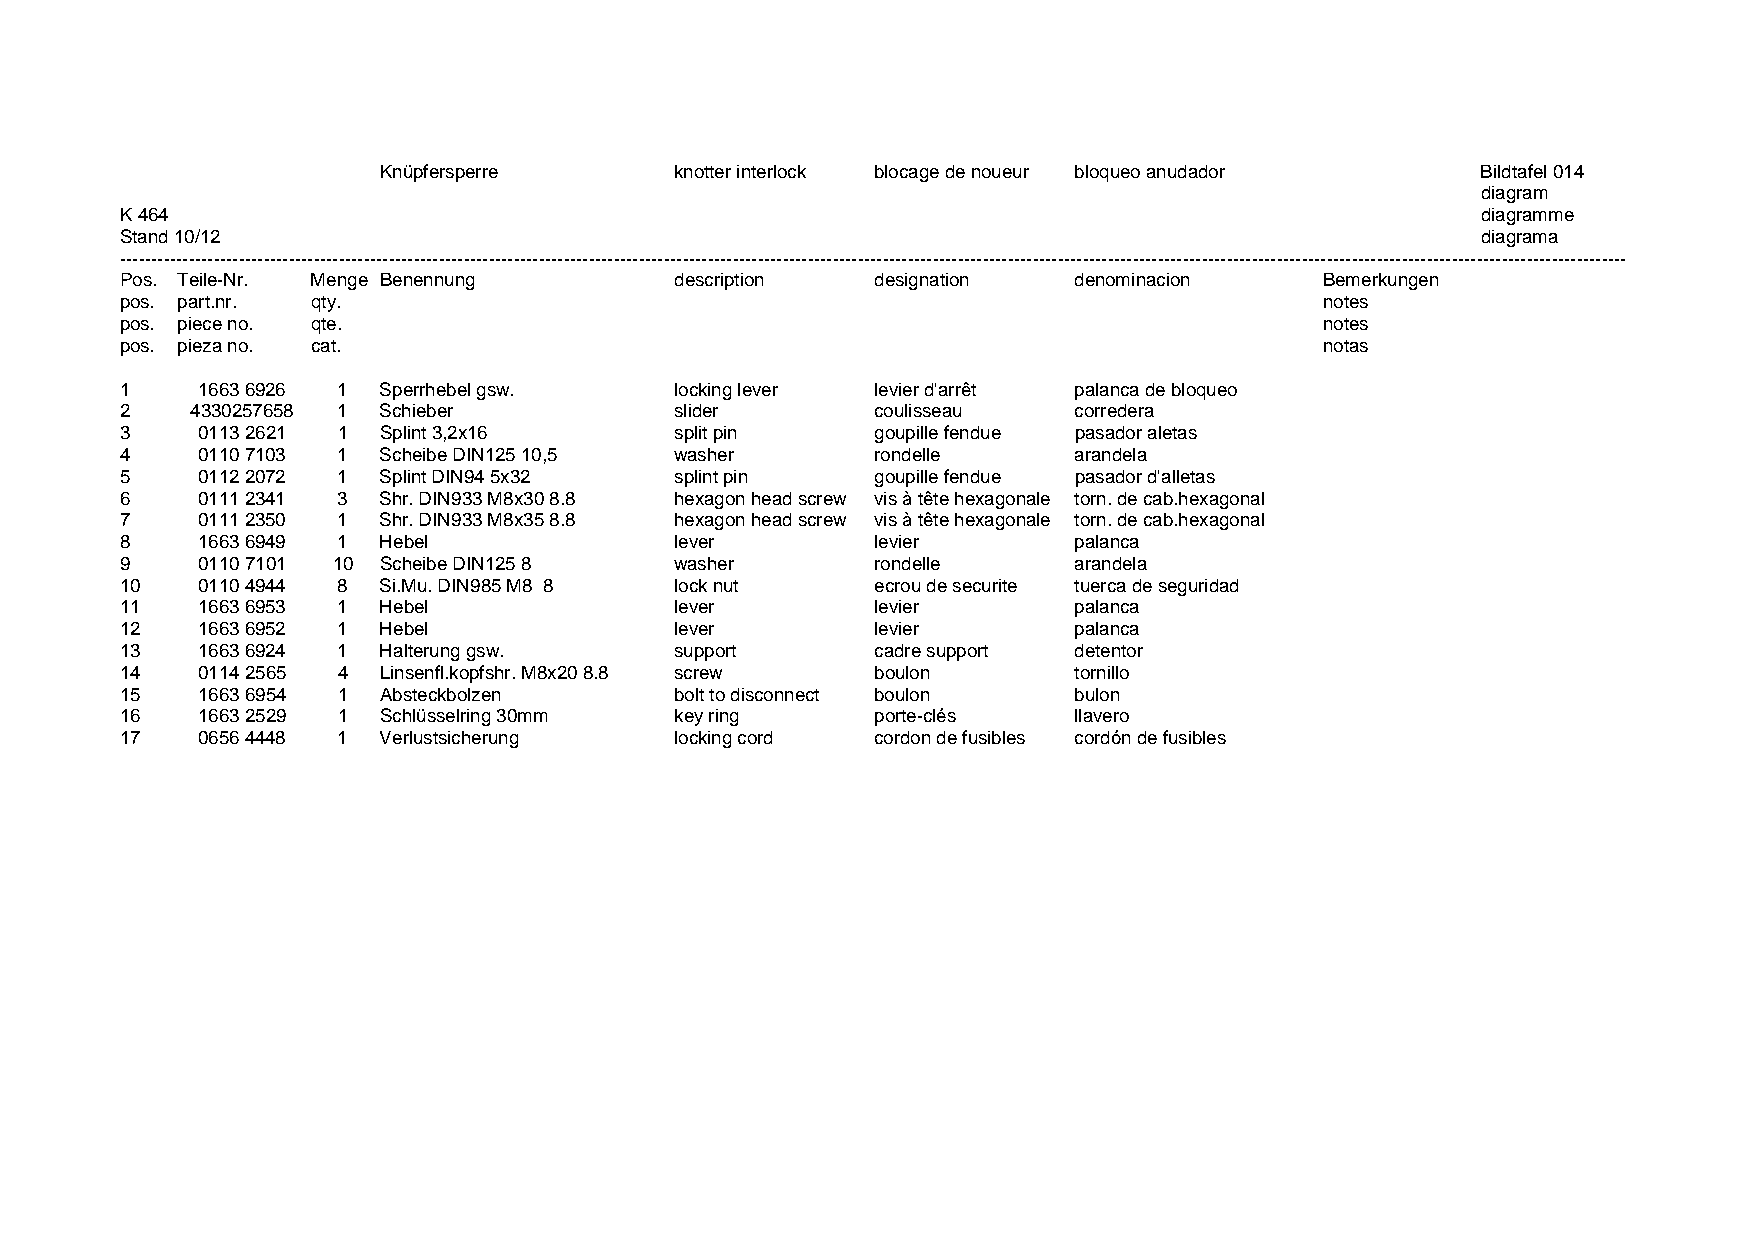
Knüpfersperre       knotter interlock blocage de noueur bloqueo anudador Bildtafel 014
 diagram
 K 464                                                                                     diagramme
 Stand 10/12                                                                               diagrama
 -------------------------------------------------------------------------------------------------------------------------------------------------------------------------------------------------------------------------------------------------
 Pos. Teile-Nr. Menge Benennung       description  designation  denominacion     Bemerkungen
 pos. part.nr. qty.                                                              notes
 pos. piece no. qte.                                                             notes
 pos. pieza no. cat.                                                             notas
 1    1663 6926 1 Sperrhebel gsw.     locking lever levier d'arrêt palanca de bloqueo
 2    4330257658 1 Schieber           slider       coulisseau   corredera
 3    0113 2621 1 Splint 3,2x16       split pin    goupille fendue pasador aletas
 4    0110 7103 1 Scheibe DIN125 10,5 washer       rondelle     arandela
 5    0112 2072 1 Splint DIN94 5x32   splint pin   goupille fendue pasador d'alletas
 6    0111 2341 3 Shr. DIN933 M8x30 8.8 hexagon head screw vis à tête hexagonale torn. de cab.hexagonal
 7    0111 2350 1 Shr. DIN933 M8x35 8.8 hexagon head screw vis à tête hexagonale torn. de cab.hexagonal
 8    1663 6949 1 Hebel               lever        levier       palanca
 9    0110 7101 10 Scheibe DIN125 8   washer       rondelle     arandela
 10   0110 4944 8 Si.Mu. DIN985 M8 8  lock nut     ecrou de securite tuerca de seguridad
 11   1663 6953 1 Hebel               lever        levier       palanca
 12   1663 6952 1 Hebel               lever        levier       palanca
 13   1663 6924 1 Halterung gsw.      support      cadre support detentor
 14   0114 2565 4 Linsenfl.kopfshr. M8x20 8.8 screw boulon      tornillo
 15   1663 6954 1 Absteckbolzen       bolt to disconnect boulon bulon
 16   1663 2529 1 Schlüsselring 30mm  key ring     porte-clés   llavero
 17   0656 4448 1 Verlustsicherung    locking cord cordon de fusibles cordón de fusibles